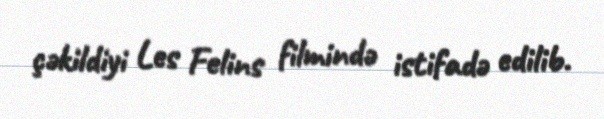
çəkildiyi Les Felins filmində istifadə edilib.